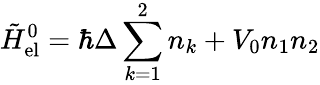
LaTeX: \tilde{H}_{{\mathrm{el}}}^{0}=\hbar\Delta\sum_{k=1}^{2}n_{k}+V_{0}n_{1}n_{2}